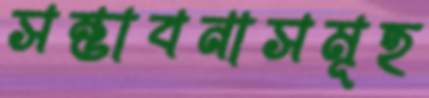
সম্ভাবনাসমূহ